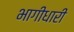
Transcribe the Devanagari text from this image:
भागीधारी